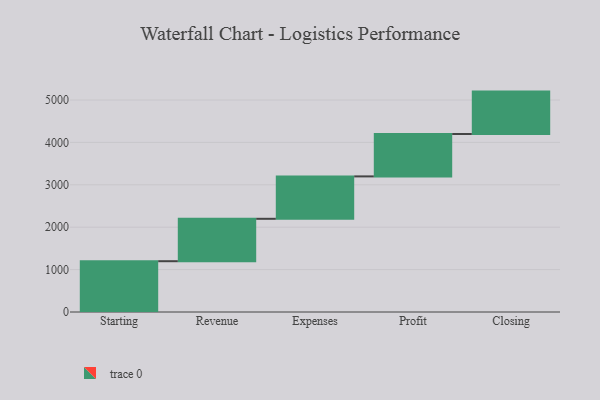
{"axis": {"x": "Step", "y": "Value"}, "legend": [""], "data": [{"x": "Starting", "y": 1198.0, "type": ""}, {"x": "Revenue", "y": 1000, "type": ""}, {"x": "Expenses", "y": 1000, "type": ""}, {"x": "Profit", "y": 1000, "type": ""}, {"x": "Closing", "y": 1000, "type": ""}]}